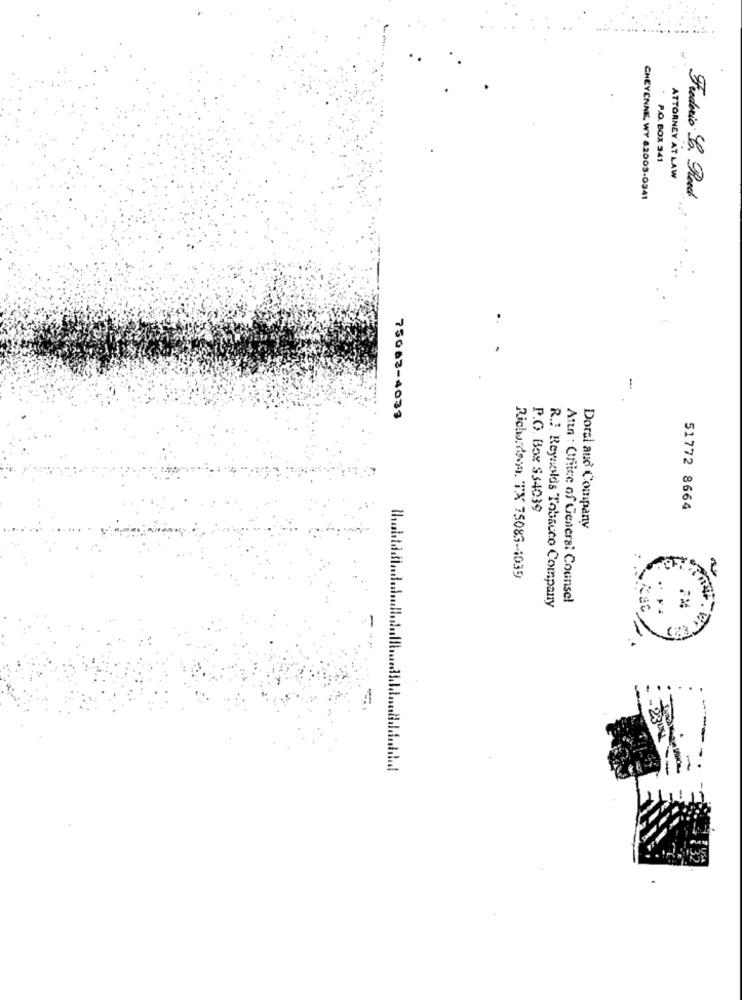
. P.O. BOX 341
ATTORNEY AT LAW
CHEYENNE, WY 82003-0341
Frederic La. Rost
-
75083-4033
P.O. Box $34039
51772 8664
Doral audi Company
2
Richardson, TX 75083-4039
R.J. Reynolds Tobacco Company
Attn : Office of General Counsel